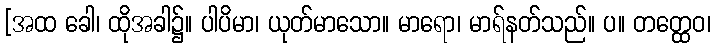
[အထ ခေါ၊ ထိုအခါ၌။ ပါပိမာ၊ ယုတ်မာသော။ မာရော၊ မာရ်နတ်သည်။ ပ။ တတ္ထေဝ၊